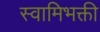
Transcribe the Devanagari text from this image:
स्वामिभक्ती